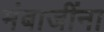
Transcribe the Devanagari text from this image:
मंबाजींना